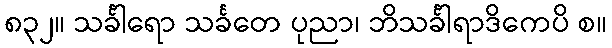
၈၃၂။ သင်္ခါရော သင်္ခတေ ပုညာ၊ ဘိသင်္ခါရာဒိကေပိ စ။